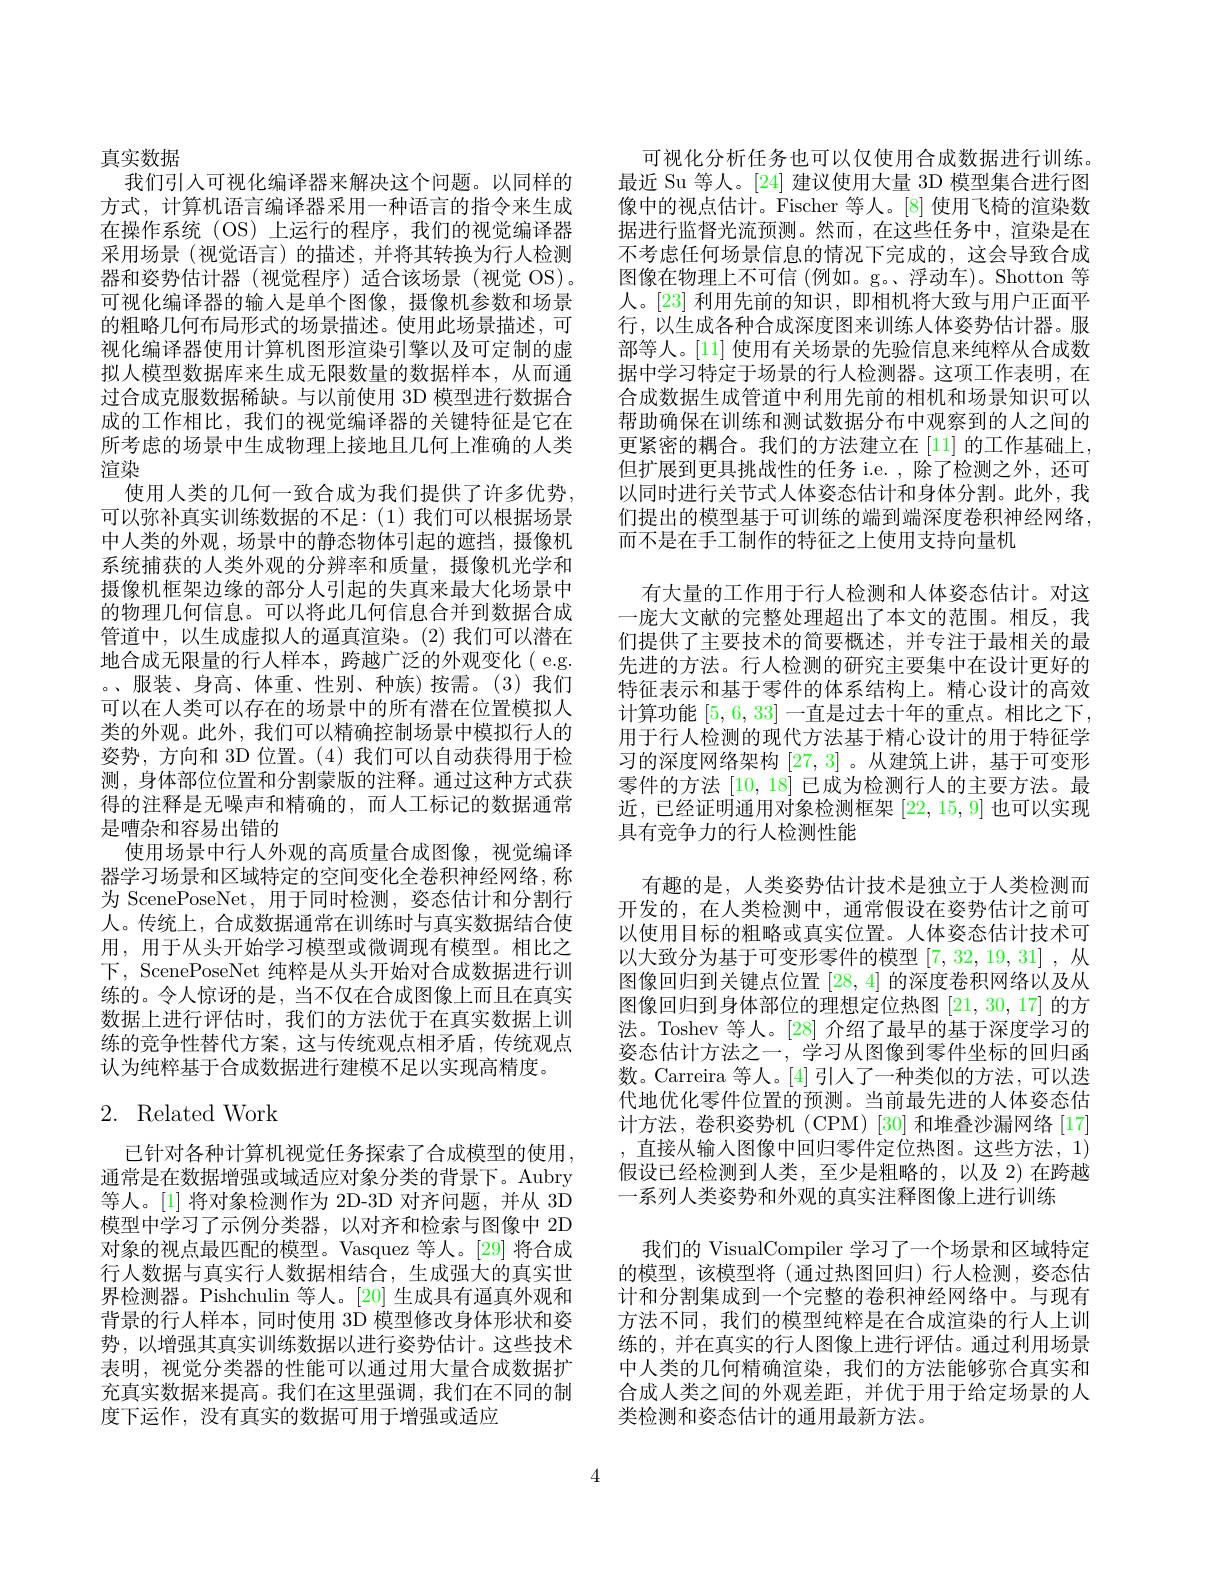
真实数据
我们引人可视化编译器来解决这个问题。以同样的方式，计算机语言编译器采用一种语言的指令来生成在操作系统(OS)上运行的程序，我们的视觉编译器采用场景(视觉语言)的描述，并将其转换为行人检测器和姿势估计器(视觉程序)适合该场景(视觉 OS)。可视化编译器的输人是单个图像，摄像机参数和场景的粗略几何布局形式的场景描述。使用此场景描述，可视化编译器使用计算机图形渲染引擎以及可定制的虚拟人模型数据库来生成无限数量的数据样本，从而通过合成克服数据稀缺。与以前使用 3D 模型进行数据合成的工作相比，我们的视觉编译器的关键特征是它在所考虑的场景中生成物理上接地且几何上准确的人类渲染
使用人类的几何一致合成为我们提供了许多优势， 可以弥补真实训练数据的不足：(1)我们可以根据场景中人类的外观，场景中的静态物体引起的遮挡，摄像机系统捕获的人类外观的分辨率和质量，摄像机光学和摄像机框架边缘的部分人引起的失真来最大化场景中的物理几何信息。可以将此几何信息合并到数据合成管道中，以生成虚拟人的逼真渲染。(2)我们可以潜在地合成无限量的行人样本，跨越广泛的外观变化(e.g. 。、服装、身高、体重、性别、种族)按需。(3)我们可以在人类可以存在的场景中的所有潜在位置模拟人类的外观。此外，我们可以精确控制场景中模拟行人的姿势，方向和 3D 位置。(4)我们可以自动获得用于检测，身体部位位置和分割蒙版的注释。通过这种方式获得的注释是无噪声和精确的，而人工标记的数据通常是嘈杂和容易出错的
使用场景中行人外观的高质量合成图像，视觉编译器学习场景和区域特定的空间变化全卷积神经网络，称为 ScenePoseNet, 用于同时检测，姿态估计和分割行人。传统上，合成数据通常在训练时与真实数据结合使用，用于从头开始学习模型或微调现有模型。相比之下，ScenePoseNet 纯粹是从头开始对合成数据进行训练的。令人惊讶的是，当不仅在合成图像上而且在真实数据上进行评估时，我们的方法优于在真实数据上训练的竞争性替代方案，这与传统观点相矛盾，传统观点认为纯粹基于合成数据进行建模不足以实现高精度。

## 2. Related Work

已针对各种计算机视觉任务探索了合成模型的使用， 通常是在数据增强或域适应对象分类的背景下。Aubry 等人。[1] 将对象检测作为 2D-3D 对齐问题，并从 3D 模型中学习了示例分类器，以对齐和检索与图像中 2D 对象的视点最匹配的模型。Vasquez 等人。[29] 将合成行人数据与真实行人数据相结合，生成强大的真实世界检测器。Pishchulin 等人。[20] 生成具有逼真外观和背景的行人样本，同时使用 3D 模型修改身体形状和姿势，以增强其真实训练数据以进行姿势估计。这些技术表明，视觉分类器的性能可以通过用大量合成数据扩充真实数据来提高。我们在这里强调，我们在不同的制度下运作，没有真实的数据可用于增强或适应

可视化分析任务也可以仅使用合成数据进行训练。最近 Su 等人。[24] 建议使用大量 3D 模型集合进行图像中的视点估计。Fischer 等人。[8] 使用飞椅的渲染数据进行监督光流预测。然而，在这些任务中，渲染是在不考虑任何场景信息的情况下完成的，这会导致合成图像在物理上不可信 (例如。g。浮动车)。Shotton 等人。[23] 利用先前的知识，即相机将大致与用户正面平行，以生成各种合成深度图来训练人体姿势估计器。服部等人。[11] 使用有关场景的先验信息来纯粹从合成数据中学习特定于场景的行人检测器。这项工作表明，在合成数据生成管道中利用先前的相机和场景知识可以帮助确保在训练和测试数据分布中观察到的人之间的更紧密的耦合。我们的方法建立在[11] 的工作基础上， 但扩展到更具挑战性的任务 i.e. , 除了检测之外，还可以同时进行关节式人体姿态估计和身体分割。此外，我们提出的模型基于可训练的端到端深度卷积神经网络， 而不是在手工制作的特征之上使用支持向量机

有大量的工作用于行人检测和人体姿态估计。对这一庞大文献的完整处理超出了本文的范围。相反，我们提供了主要技术的简要概述，并专注于最相关的最先进的方法。行人检测的研究主要集中在设计更好的特征表示和基于零件的体系结构上。精心设计的高效计算功能[5,6,33]一直是过去十年的重点。相比之下， 用于行人检测的现代方法基于精心设计的用于特征学习的深度网络架构[27,3] 。从建筑上讲，基于可变形零件的方法[10,18]已成为检测行人的主要方法。最近，已经证明通用对象检测框架[22,15,9]也可以实现具有竞争力的行人检测性能
有趣的是，人类姿势估计技术是独立于人类检测而开发的，在人类检测中，通常假设在姿势估计之前可以使用目标的粗略或真实位置。人体姿态估计技术可以大致分为基于可变形零件的模型[7,32,19,31] ,从图像回归到关键点位置[28,4]的深度卷积网络以及从图像回归到身体部位的理想定位热图[21,30,17]的方法。Toshev 等人。[28] 介绍了最早的基于深度学习的姿态估计方法之一，学习从图像到零件坐标的回归函数。Carreira 等人。[4] 引人了一种类似的方法，可以迭代地优化零件位置的预测。当前最先进的人体姿态估计方法，卷积姿势机(CPM)[30]和堆叠沙漏网络[17] ,直接从输入图像中回归零件定位热图。这些方法，1) 假设已经检测到人类，至少是粗略的，以及 2) 在跨越一系列人类姿势和外观的真实注释图像上进行训练
我们的 VisualCompiler 学习了一个场景和区域特定的模型，该模型将(通过热图回归)行人检测，姿态估计和分割集成到一个完整的卷积神经网络中。与现有方法不同，我们的模型纯粹是在合成渲染的行人上训练的，并在真实的行人图像上进行评估。通过利用场景中人类的几何精确渲染，我们的方法能够弥合真实和合成人类之间的外观差距，并优于用于给定场景的人类检测和姿态估计的通用最新方法。

4